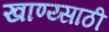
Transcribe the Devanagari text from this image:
खाण्य्साठी